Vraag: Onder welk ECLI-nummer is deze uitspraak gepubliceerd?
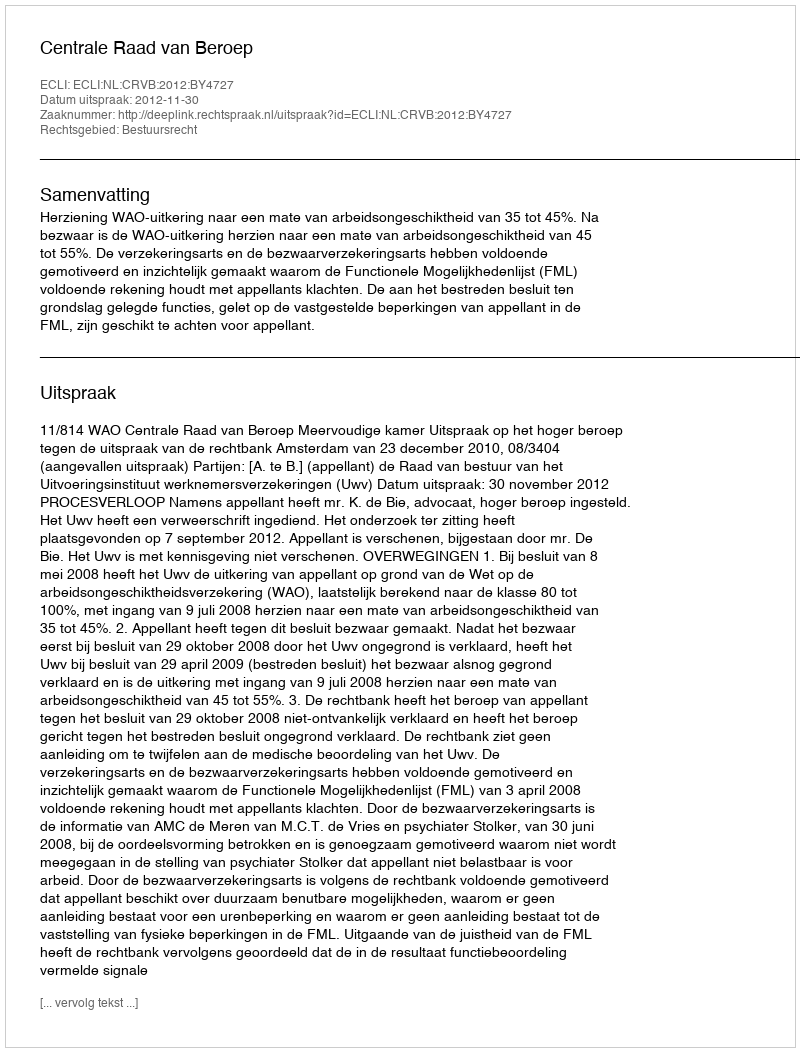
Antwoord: ECLI:NL:CRVB:2012:BY4727